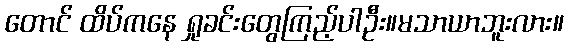
တောင် ထိပ်ကနေ ရှုခင်းတွေကြည့်ပါဦး။မသာယာဘူးလား။